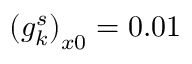
\left( g _ { k } ^ { s } \right) _ { x 0 } = 0 . 0 1